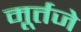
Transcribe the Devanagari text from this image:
मूर्तजे